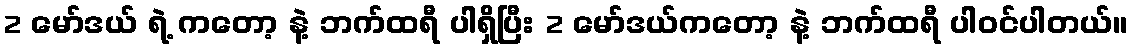
2 မော်ဒယ် ရဲ့ ကတော့ နဲ့ ဘက်ထရီ ပါရှိပြီး 2 မော်ဒယ်ကတော့ နဲ့ ဘက်ထရီ ပါဝင်ပါတယ်။